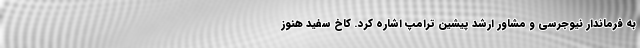
به فرماندار نیوجرسی و مشاور ارشد پیشین ترامپ اشاره کرد. کاخ سفید هنوز